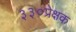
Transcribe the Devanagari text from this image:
३३०प्रेक्षक